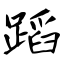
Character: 蹈